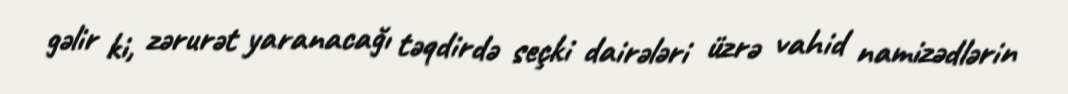
gəlir ki, zərurət yaranacağı təqdirdə seçki dairələri üzrə vahid namizədlərin